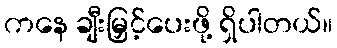
ကနေ ချီးမြှင့်ပေးဖို့ ရှိပါတယ်။